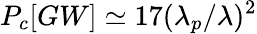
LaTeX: P_{c}[GW]\simeq 17(\lambda_{p}/\lambda)^{2}